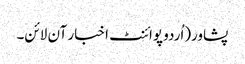
پشاور(اُردو پوائنٹ اخبار آن لائن۔